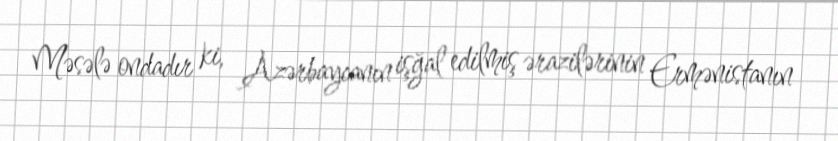
Məsələ ondadır ki, Azərbaycanın işğal edilmiş ərazilərinin Ermənistanın